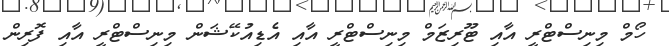
ހޯމް މިނިސްޓްރީ އާއި ޓޫރިޒަމް މިނިސްޓްރީ އާއި އެޑިއުކޭޝަން މިނިސްޓްރީ އާއި ފޮރިން